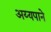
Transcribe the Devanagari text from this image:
अय्यपाने